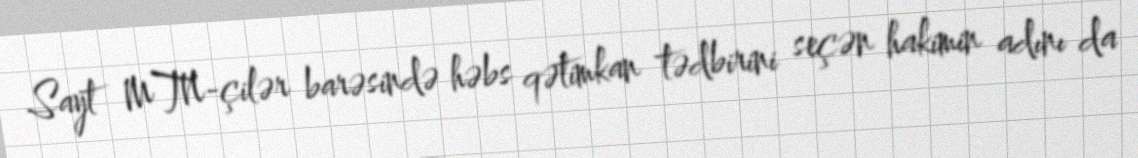
Sayt MTN-çilər barəsində həbs qətimkan tədbirini seçən hakimin adını da